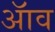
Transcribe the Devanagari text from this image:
ॲाव